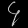
Digit: ၄